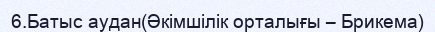
6.Батыс аудан(Әкімшілік орталығы – Брикема)